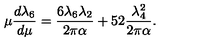
\mu { \frac { d \lambda _ { 6 } } { d \mu } } = { \frac { 6 \lambda _ { 6 } \lambda _ { 2 } } { 2 \pi \alpha } } + { \binom { 5 } { 2 } } { \frac { \lambda _ { 4 } ^ { 2 } } { 2 \pi \alpha } } .